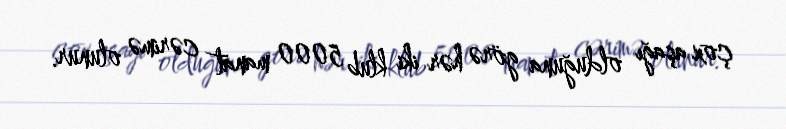
çox aşağı olduğuna görə hər iki klub 5000 manat cərimə olunur.